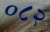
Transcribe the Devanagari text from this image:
०८२